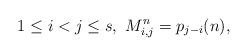
LaTeX: \begin{align*}1\leq i< j\leq s,\ M^n_{i,j}=p_{j-i}(n), \end{align*}